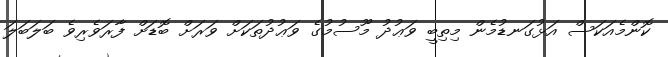
ކޮންމެއަކަސް އަޅުގަނޑުމެން މިތިބީ ވަޢުދު މޫސުމުގެ ވަޢުދުތަކަށް ވަރަށް ބޮޑަށް ފާރަވެރިވެ ބަލަބަލަ